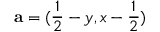
\mathbf { a } = ( \frac { 1 } { 2 } - y , x - \frac { 1 } { 2 } )